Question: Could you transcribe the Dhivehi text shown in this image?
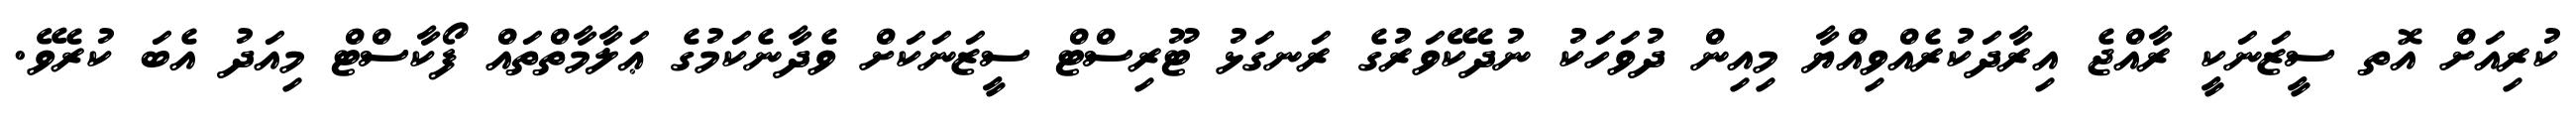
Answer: ކުރިއަށް އޮތ ސީޒަނަކީ ރާއްޖެ އިރާދަކުރެއްވިއްޔާ މިއިން ދުވަހަކު ނުދެކޭވަރުގެ ރަނގަޅު ޓޫރިސްޓް ސީޒަނަކަށް ވެދާނެކަމުގެ ޢަލާމާތްތައް ފޯކާސްޓް މިއަދު އެބަ ކުރެވޭ.